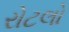
રોટલો